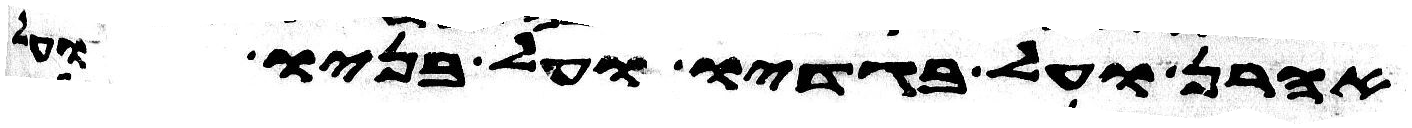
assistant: אהרן ועל בגדיו ועל בניו ועל